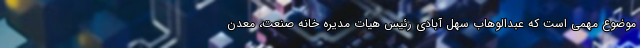
موضوع مهمی است که عبدالوهاب سهل آبادی رئیس هیات مدیره خانه صنعت، معدن